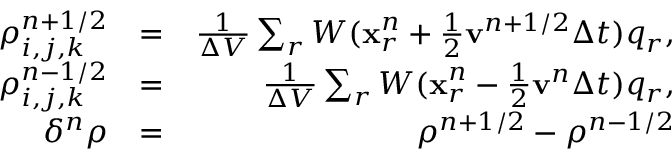
\begin{array} { r l r } { \rho _ { i , j , k } ^ { n + 1 / 2 } } & { = } & { \frac { 1 } { \Delta V } \sum _ { r } W ( \mathbf { x } _ { r } ^ { n } + \frac { 1 } { 2 } \mathbf { v } ^ { n + 1 / 2 } \Delta t ) q _ { r } , } \\ { \rho _ { i , j , k } ^ { n - 1 / 2 } } & { = } & { \frac { 1 } { \Delta V } \sum _ { r } W ( \mathbf { x } _ { r } ^ { n } - \frac { 1 } { 2 } \mathbf { v } ^ { n } \Delta t ) q _ { r } , } \\ { \delta ^ { n } \rho } & { = } & { \rho ^ { n + 1 / 2 } - \rho ^ { n - 1 / 2 } } \end{array}